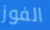
الفوز